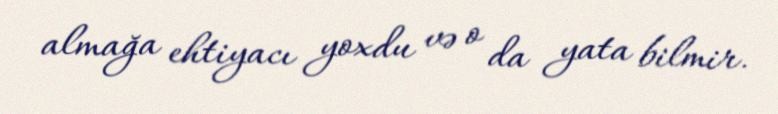
almağa ehtiyacı yoxdu və o da yata bilmir.